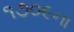
૧૭૦૯ના